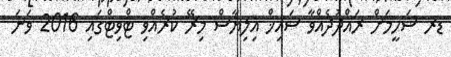
ޑރ ޝަހީމަށް ރައްދުދެއްވާ ޝައިޚް އިލިޔާސް މިރޭ ކުރެއްވި ޓްވިޓްގައި 2016 ވަނަ